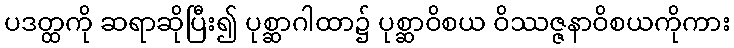
ပဒတ္ထကို ဆရာဆိုပြီး၍ ပုစ္ဆာဂါထာ၌ ပုစ္ဆာဝိစယ ဝိဿဇ္ဇနာဝိစယကိုကား